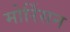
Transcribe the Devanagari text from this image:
मोर्रिसन